Statistics of inoculations with Haffkine's anti-plague vaccine 1897-1900
Year: 1897
Disease focus: Plague
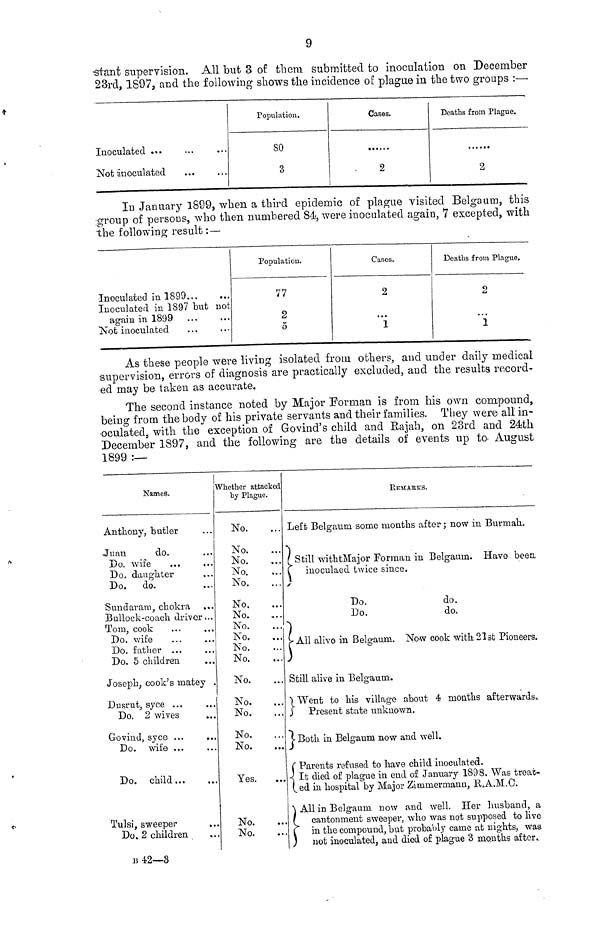
9
stant supervision. All but 3 of them submitted to inoculation on December
23rd, l897, and the following shows the incidence of plague in the two groups :—
Inoculated
Not inoculated
Population.
80
3
Cases.
2
Deaths from Plague.
••••••
2
In January 1899, when a third epidemic of plague visited Belga urn, this
group of persons, who then numbered 84, were inoculated again, 7 excepted, with
the following result :—
Inoculated in 1899...
Inoculated in 1897 but
again in 1899
Not inoculated
...
not
...
...
Population.
77
2
5
Cases.
2
Deaths from Plague.
2
...
1
As these people were living isolated from others, and under daily medical
supervision, errors of diagnosis are practically excluded, and the results record-
ed may be taken as accurate.
The second instance noted by Major Forman is from his own compound,
being from the body of his private servants and their families. They were all in-
oculated, with the exception of Govind's child and Rajah, on 23rd and 24th
December 1897, and the following are the details of events up to- August
1899 :—
Names.
Anthony, butler
Juan
do.
Do. wife
Do. daughter
Do. do.
Sundaram, chokra
Bullock-coach driver
Tom, cook
Do. wife
Do. father ...
Do. 5 children
Joseph, cook's matey
Dusrut, syce ...
Do. 2 wives
Govind, syce ...
Do. wife ...
Do. child...
Tulsi, sweeper
Do. 2 children
...
...
... «
*• •
«••
. . .
• . a
...
...
...
...
...
•
.
Whether attacked
by Plague.
No.
No.
No.
No.
No.
No.
No.
No.
No.
No.
No.
No.
No.
No.
No.
No.
Yes.
No.
No.
...
...
...
...
...
...
...
...
...
...
...
...
...
• ••
• ••
...
• • •
REMARKS.
Left Belgaum some months after; now in Burmah.
Still withtMajor Forman in Belgaum. Have been,
inoculacd twice since.
Do.
do.
Do.
do.
All alive in Belgaum. Now cook with 21st Pioneers.
Still alive in Belgaum.
Went to his village about 4 months afterwards.
Present state unknown.
Both in Belgaum now and well.
Parents refused to have child inoculated.
It died of plague in end of January 1898. Was treat-
ted in hospital by Major Zimmermann, R.A.M.C.
All in Belgaum now and well. Her husband, a
cantonment sweeper, who was not supposed to live
in the compound, but probably came at nights, was
not inoculated, and died of plague 3 months after.
B 42—3